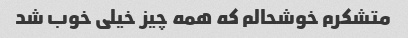
متشکرم خوشحالم که همه چیز خیلی خوب شد